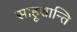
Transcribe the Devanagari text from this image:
साहूशान्ति